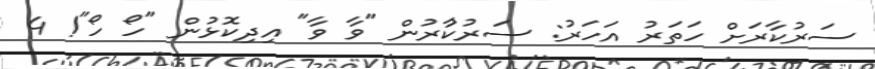
ސަރުކާރަށް ހަތަރު އަހަރު: ސަރުކާުރުން "ވާ ވާ" އިދިކޮޅުން "ހޯ ހޯ"! 4